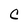
Character: C